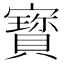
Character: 寳